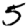
Digit: 5